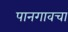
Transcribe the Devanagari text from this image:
पानगावचा